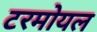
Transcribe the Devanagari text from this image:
टरमोयल